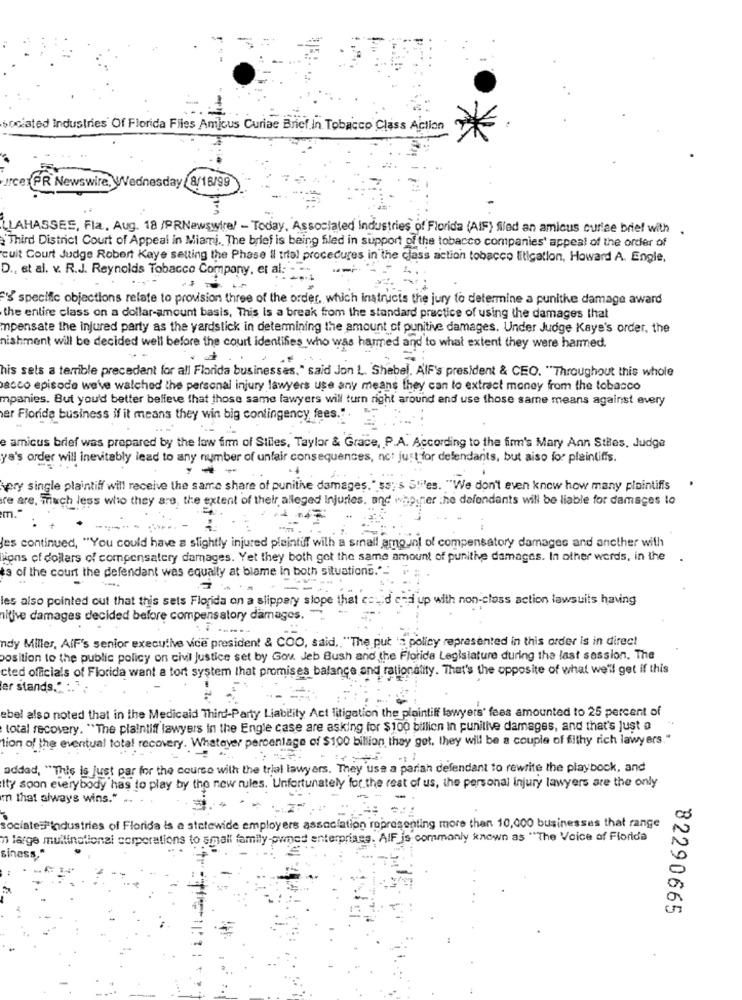
sociated Industries Of Florida Files Amicus Curiae Brief. In Tobacco Class Action
urce PR Newswire, Wednesday /8/18/99
LLAHASSES, Fla. Aug. 18 /PRNewswire/ - Today, Associated Industries of Florida (AIF) fied an amicus curiae brief with.
"Third District Court of Appeal in Miami. The brief is being filed in support of the tobacco companies' appeal of the order of
cuit Court Judge Robert Kaye setting the Phase Il trial procedures in the class action tobacco litigation, Howard A. Engle,
D ., et al. v. R.J. Reynolds Tobacco Company, et al: -
F' specific objections relate to provision three of the order, which instructs the jury to determine a punithe damage award
the entire class on a dollar-amount basis, This is a break from the standard practice of using the damages that
mpensate the injured party as the yardstick in determining the amount of punitive damages. Under Judge Kaye's order, the
nishment will be decided well before the court identifies who was harmed and to what extent they were harmed.
his sels a terrible precedent for all Florida businessas," said Jon L. Shebel, AIF's president & CEO. "Throughout this whole
acco episode we've walched the personal injury lawyers use any means they can to extract money from the tobacco
mpanies. But you'd better believe that those same lawyers will turn right around end use those same means against avery
er Florida business if it means they win big contingency fees.".
e amicus brief was prepared by the law firm of Stiles, Taylor & Grace, P.A. According to the firm's Mary Ann Sties, Judge
ya's order will inevitably lead to any number of unfair consequences, not just for defendants, but also for plaintiffs.
- -
very single plaintiff will receive the same share of punithe damages." ss;'s Stiles. "We don't even know how many plaintiffs
re are, much less who they are, the extent of their, alleged Injuries. and whether the defendants will be liable for damages lo
m."
les continued, ""YYou could have a slightly injured plaintif with a small amount of compensatory damages and ancther with
lions of dollars of compensatery damages. Yet they both got the same amount of punitive damages. In other words, in the
$3 of the court the defendant was equally at blame in both situations."."
les also pointed out that this sets Florida on a slippery slope that cod end up with non-class action lawsuits having
nithe damages decided before compensatory damages.
ndy Miller, AlF's senior executive vice president & COO, said, "The put 's policy represented in this order is in direct
position to the public policy on civil justice set by Gov. Jeb Bush and the Florida Legislature during the last session, The
cted officials of Florida want a tort system that promises balance and rationality. That's the opposite of what we'll get if this
ler stands.".
ebel also noted that in the Medicaid Third-Party Liability Act litigation the plaintiff lawyers' fees amounted to 25 percent of
total recovery. "The plaintiff lawyers in the Engle case are asking for $100 billion In punitive damages, and that's Just a
tion of the eventual total recovery. Whatever percentage of $100 billion they get, they will be a couple of filthy rich lawyers."
added, "This is just par for the course with the trial lawyers. They use a pariah defendant to rewrite the playbock, and
tty soon everybody has to play by the new rules. Unfortunately for the rest of us, the personal injury lawyers are the only
m that always wins."
sociates industries of Florida is a statewide employers association representing more than 10,000 businesses that range
n large multinational corporations to small family-owned enterprises. AIF_is commonly known as "The Voice of Florida
siness."
82290665